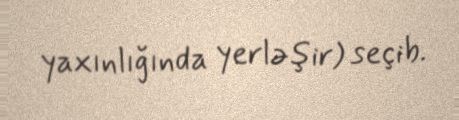
yaxınlığında yerləşir) seçib.